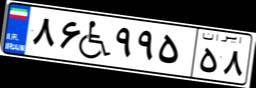
۶۶W۵۸۰۳۱